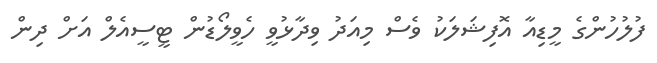
ފުލުހުންގެ މީޑިއާ އޮފިޝަލަކު ވެސް މިއަދު ވިދާޅުވީ ހެވީލޯޑުން ޓީސީއެލް އަށް ދިން